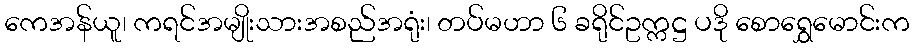
ကေအန်ယူ၊ ကရင်အမျိုးသားအစည်အရုံး၊ တပ်မဟာ ၆ ခရိုင်ဥက္ကဋ္ဌ ပဒို စောရွှေမောင်းက